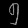
Digit: ၅